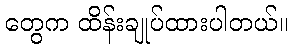
တွေက ထိန်းချုပ်ထားပါတယ်။